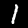
Digit: 1